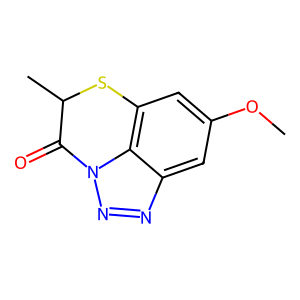
SMILES: COc1cc2c3c(c1)nnn3C(=O)C(C)S2
Inhibits HIV replication: No